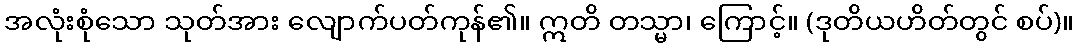
အလုံးစုံသော သုတ်အား လျောက်ပတ်ကုန်၏။ ဣတိ တသ္မာ၊ ကြောင့်။ (ဒုတိယဟိတ်တွင် စပ်)။